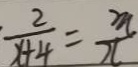
\frac { 2 } { x + 4 } = \frac { m } { x }